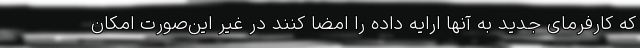
که کارفرمای جدید به آنها ارایه داده را امضا کنند در غیر این‌صورت امکان